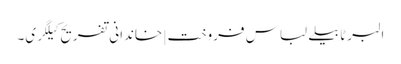
البرٹا بیلے لباس فروخت | خاندانی تفریح ​​کیلگری۔